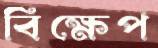
বিক্ষেপ